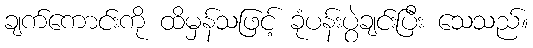
ချက်ကောင်းကို ထိမှန်သဖြင့် ခုံပန်းပွဲချင်းပြီး သေသည်။